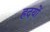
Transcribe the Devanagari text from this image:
ह्रदयों